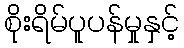
စိုးရိမ်ပူပန်မှုနှင့်